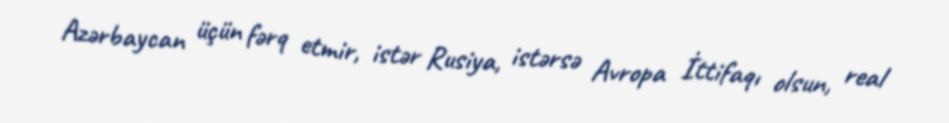
Azərbaycan üçün fərq etmir, istər Rusiya, istərsə Avropa İttifaqı olsun, real